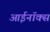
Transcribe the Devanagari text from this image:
आईनॉक्स